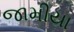
જામીયા